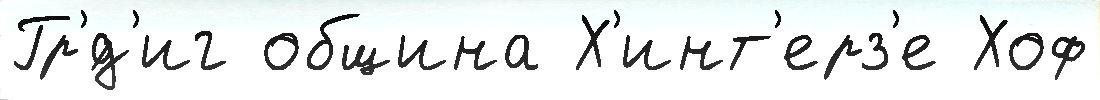
Гр'́д'иг община Х'инт'ерз'е Хоф